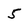
Character: 5